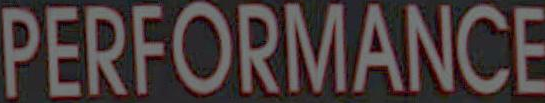
PERFORMANCE